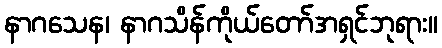
နာဂသေန၊ နာဂသိန်ကိုယ်တော်အရှင်ဘုရား။